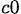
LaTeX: _{c0}